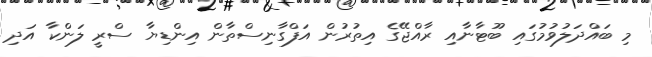
މި ބައްދަލުވުމުގައި ބޫޓާނާއި ރާއްޖޭގެ އިތުރުން އަފްގާނިސްތާން އިންޑިޔާ ސްރީ ލަންކާ އަދި